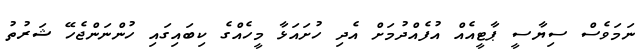
ނަމަވެސް ސިޔާސީ ޕާޓީއެއް އުފެއްދުމަށް އެދި ހުށައަޅާ މީހެއްގެ ކިބައިގައި ހުންނަންޖެހޭ ޝަރުތު